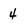
Character: 4